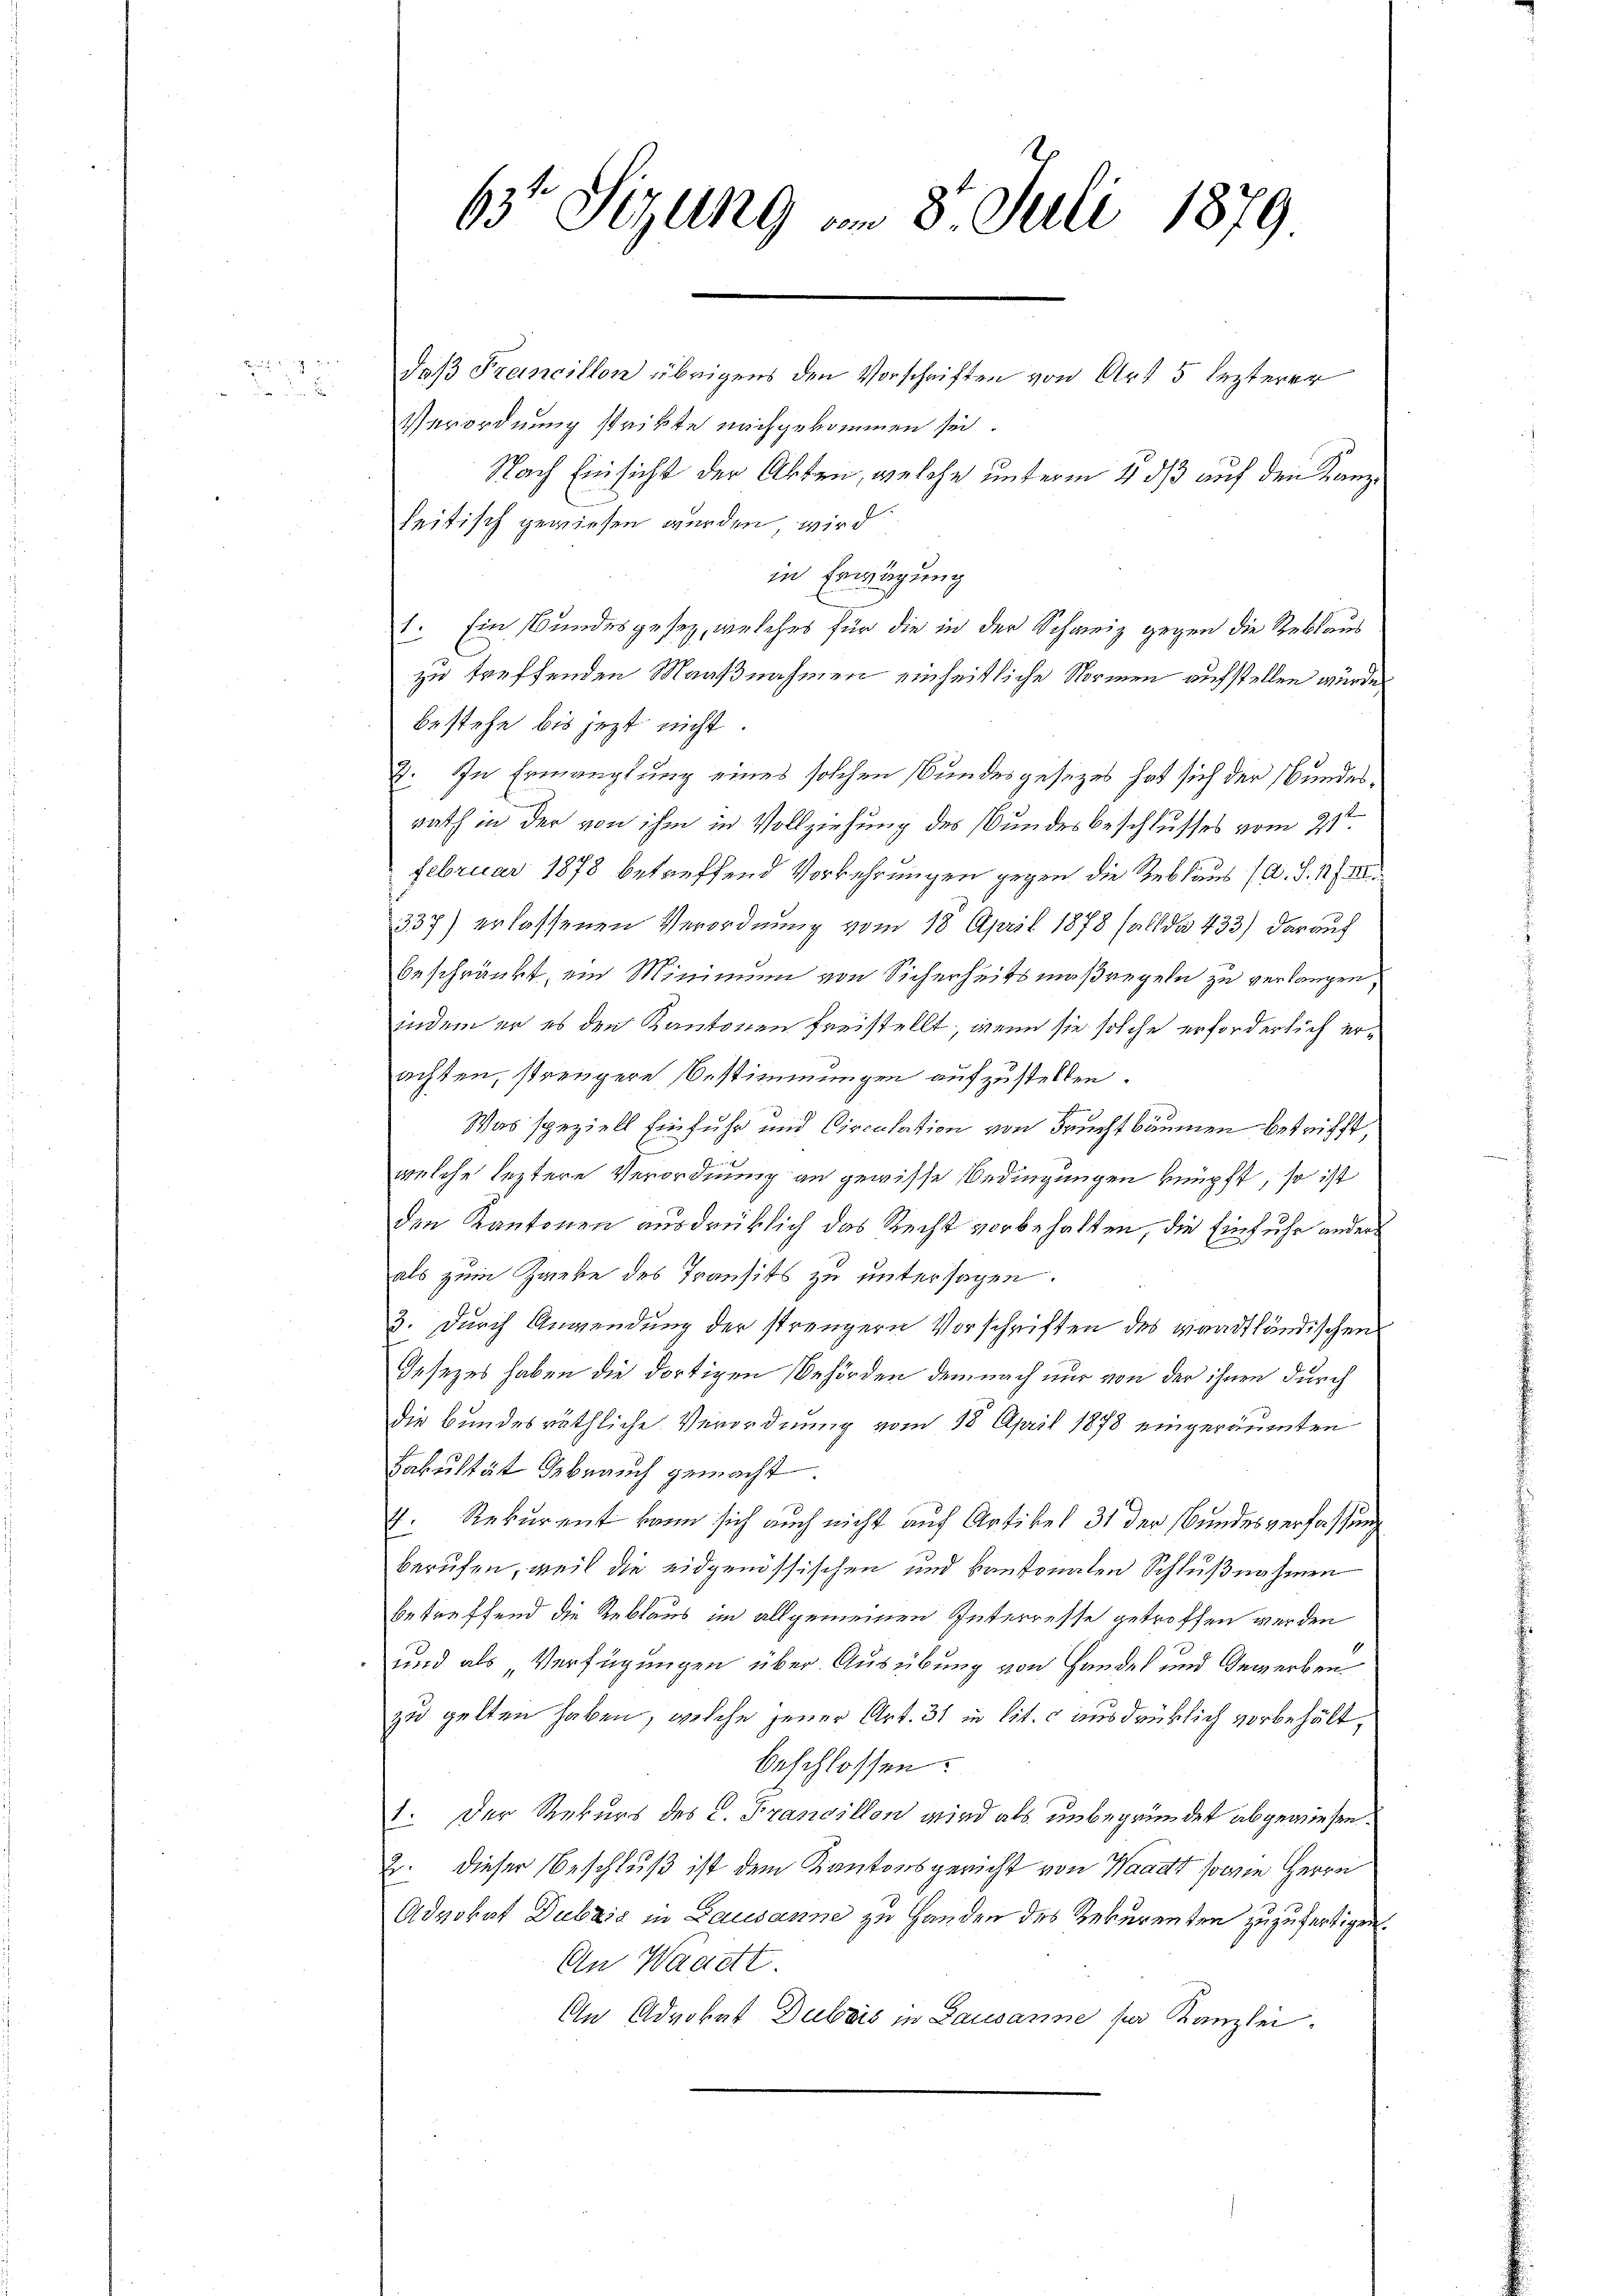
631 Sizung am 8. Juli 1879

daß Francillon übrigens den Vorschriften von Art 5 lezterer
Verordnung strikte nachgekommen sei.
Nach Einsicht der Akten, welche unterm 4 dß auf den Kanzleitisch gewiesen wurden, wird
in Erwägung
1. Ein Bundesgesetz, welches für die in der Schweiz gegen die Reblaus
zu treffenden Maaßnahmen einheitliche Normen aufstellen würde,
bestehe bis jetzt nicht.
3. In Ermanglung eines solchen Bundesgesetzes hat sich der Bundesrath in der von ihm in Vollziehung des Bundesbeschlusses vom 21ten
Februar 1878 betreffend Vorkehrungen gegen die Reblaus (A. S. 147. III
337) erlassenen Verordnung vom 18. April 1878 sall da 433) darauf
beschränkt, ein Minimum von Sicherheitsmaßregeln zu verlangen,
indem er es den Kantonen freistellt; wenn sie solche erforderlich erachten, strengere Bestimmungen aufzustellen.
Was speziell Einfuhr und Circulation von Fruchtbäumen betrifft,
welche leztere Verordnung an gewisse Bedingungen knüpft, so ist
den Kantonen ausdrüklich das Recht vorbehalten, die Einfuhr anderals zum Zanke des Transits zu untersagen.
3. Durch Anwendung der strengern Vorschriften des waadtländischen
Iesezes haben die dortigen Behörden demnach nur von der ihnen durch
die bundesräthliche Verordnung vom 18. April 1878 eingeräumten
Fakultät gebrauch gemacht
4. Rekurent kann sich auch nicht auf Artikel 31 der Bundesverfassung
berufen, weil die eidgenössischen und kantonalen Schlußnahmen
betreffend die Reblaus im allgemeinen Interresse getroffen werden
und als Verfügungen über Ausübung von Handel und Gewerben
zu gelten haben, welche jener Art. 31 in lit. c ausdrüklich vorbehält,
beschlossen:
1. Der Rekurs des C. Francillon wird als unbegründet abgewiesen.
2. dieser Beschluß ist dem Kantonsgericht von Waadt sowie Herrn
Advokat Dubzis in Lausanne zu Handen des Rekurenten zuzufertigen.
An Waadtt.
An Advokat Dubois in Lausanne ser Kanzlei.